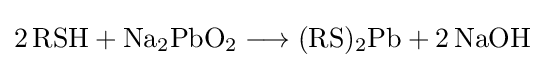
{2\,\mathrm {RSH} {}+{}\mathrm {Na} {\vphantom {A}}_{\smash[{t}]{2}}\mathrm {PbO} {\vphantom {A}}_{\smash[{t}]{2}}{}\mathrel {\longrightarrow } {}(\mathrm {RS} ){\vphantom {A}}_{\smash[{t}]{2}}\mathrm {Pb} {}+{}2\,\mathrm {NaOH} }